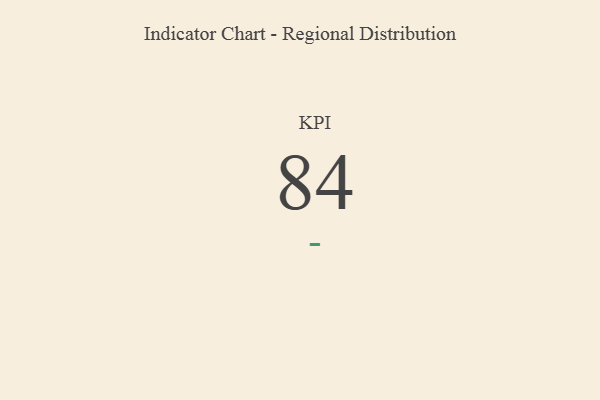
{"axis": {"x": "KPI", "y": "Value"}, "legend": [""], "data": [{"x": "KPI", "y": 84, "type": ""}]}